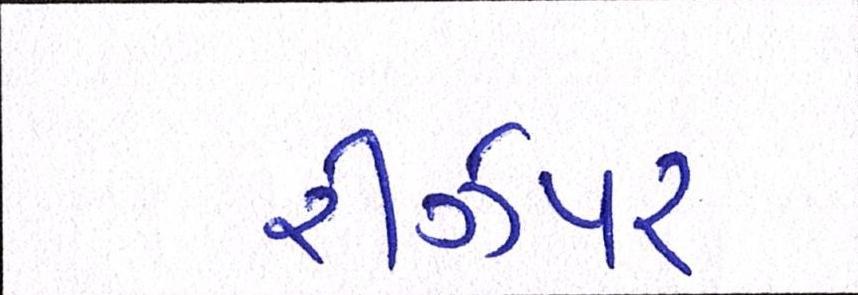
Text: રીઝપર